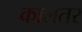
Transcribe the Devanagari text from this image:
कालतर